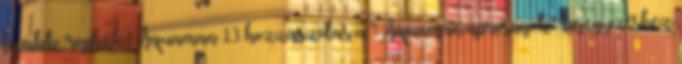
tovább: röpkék, Aquaman 13 hozzászólás a “Aquaman apróságok” bejegyzéshez